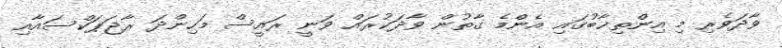
ވާދަވެރި މި އިންތިޚާބުގައި އެންމެ ގާތުން ވާދަކުރައް ވަނީ ރައީސް މަހިންދަ ރާޖަޕަކްސައާއި